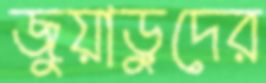
জুয়াড়ুদের